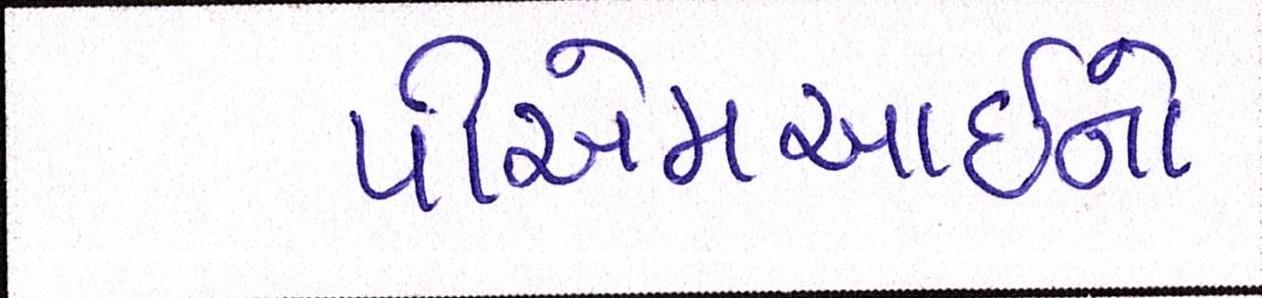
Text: પીએમઆઇનો